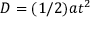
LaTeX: D = ( 1 / 2 ) a t ^ { 2 }